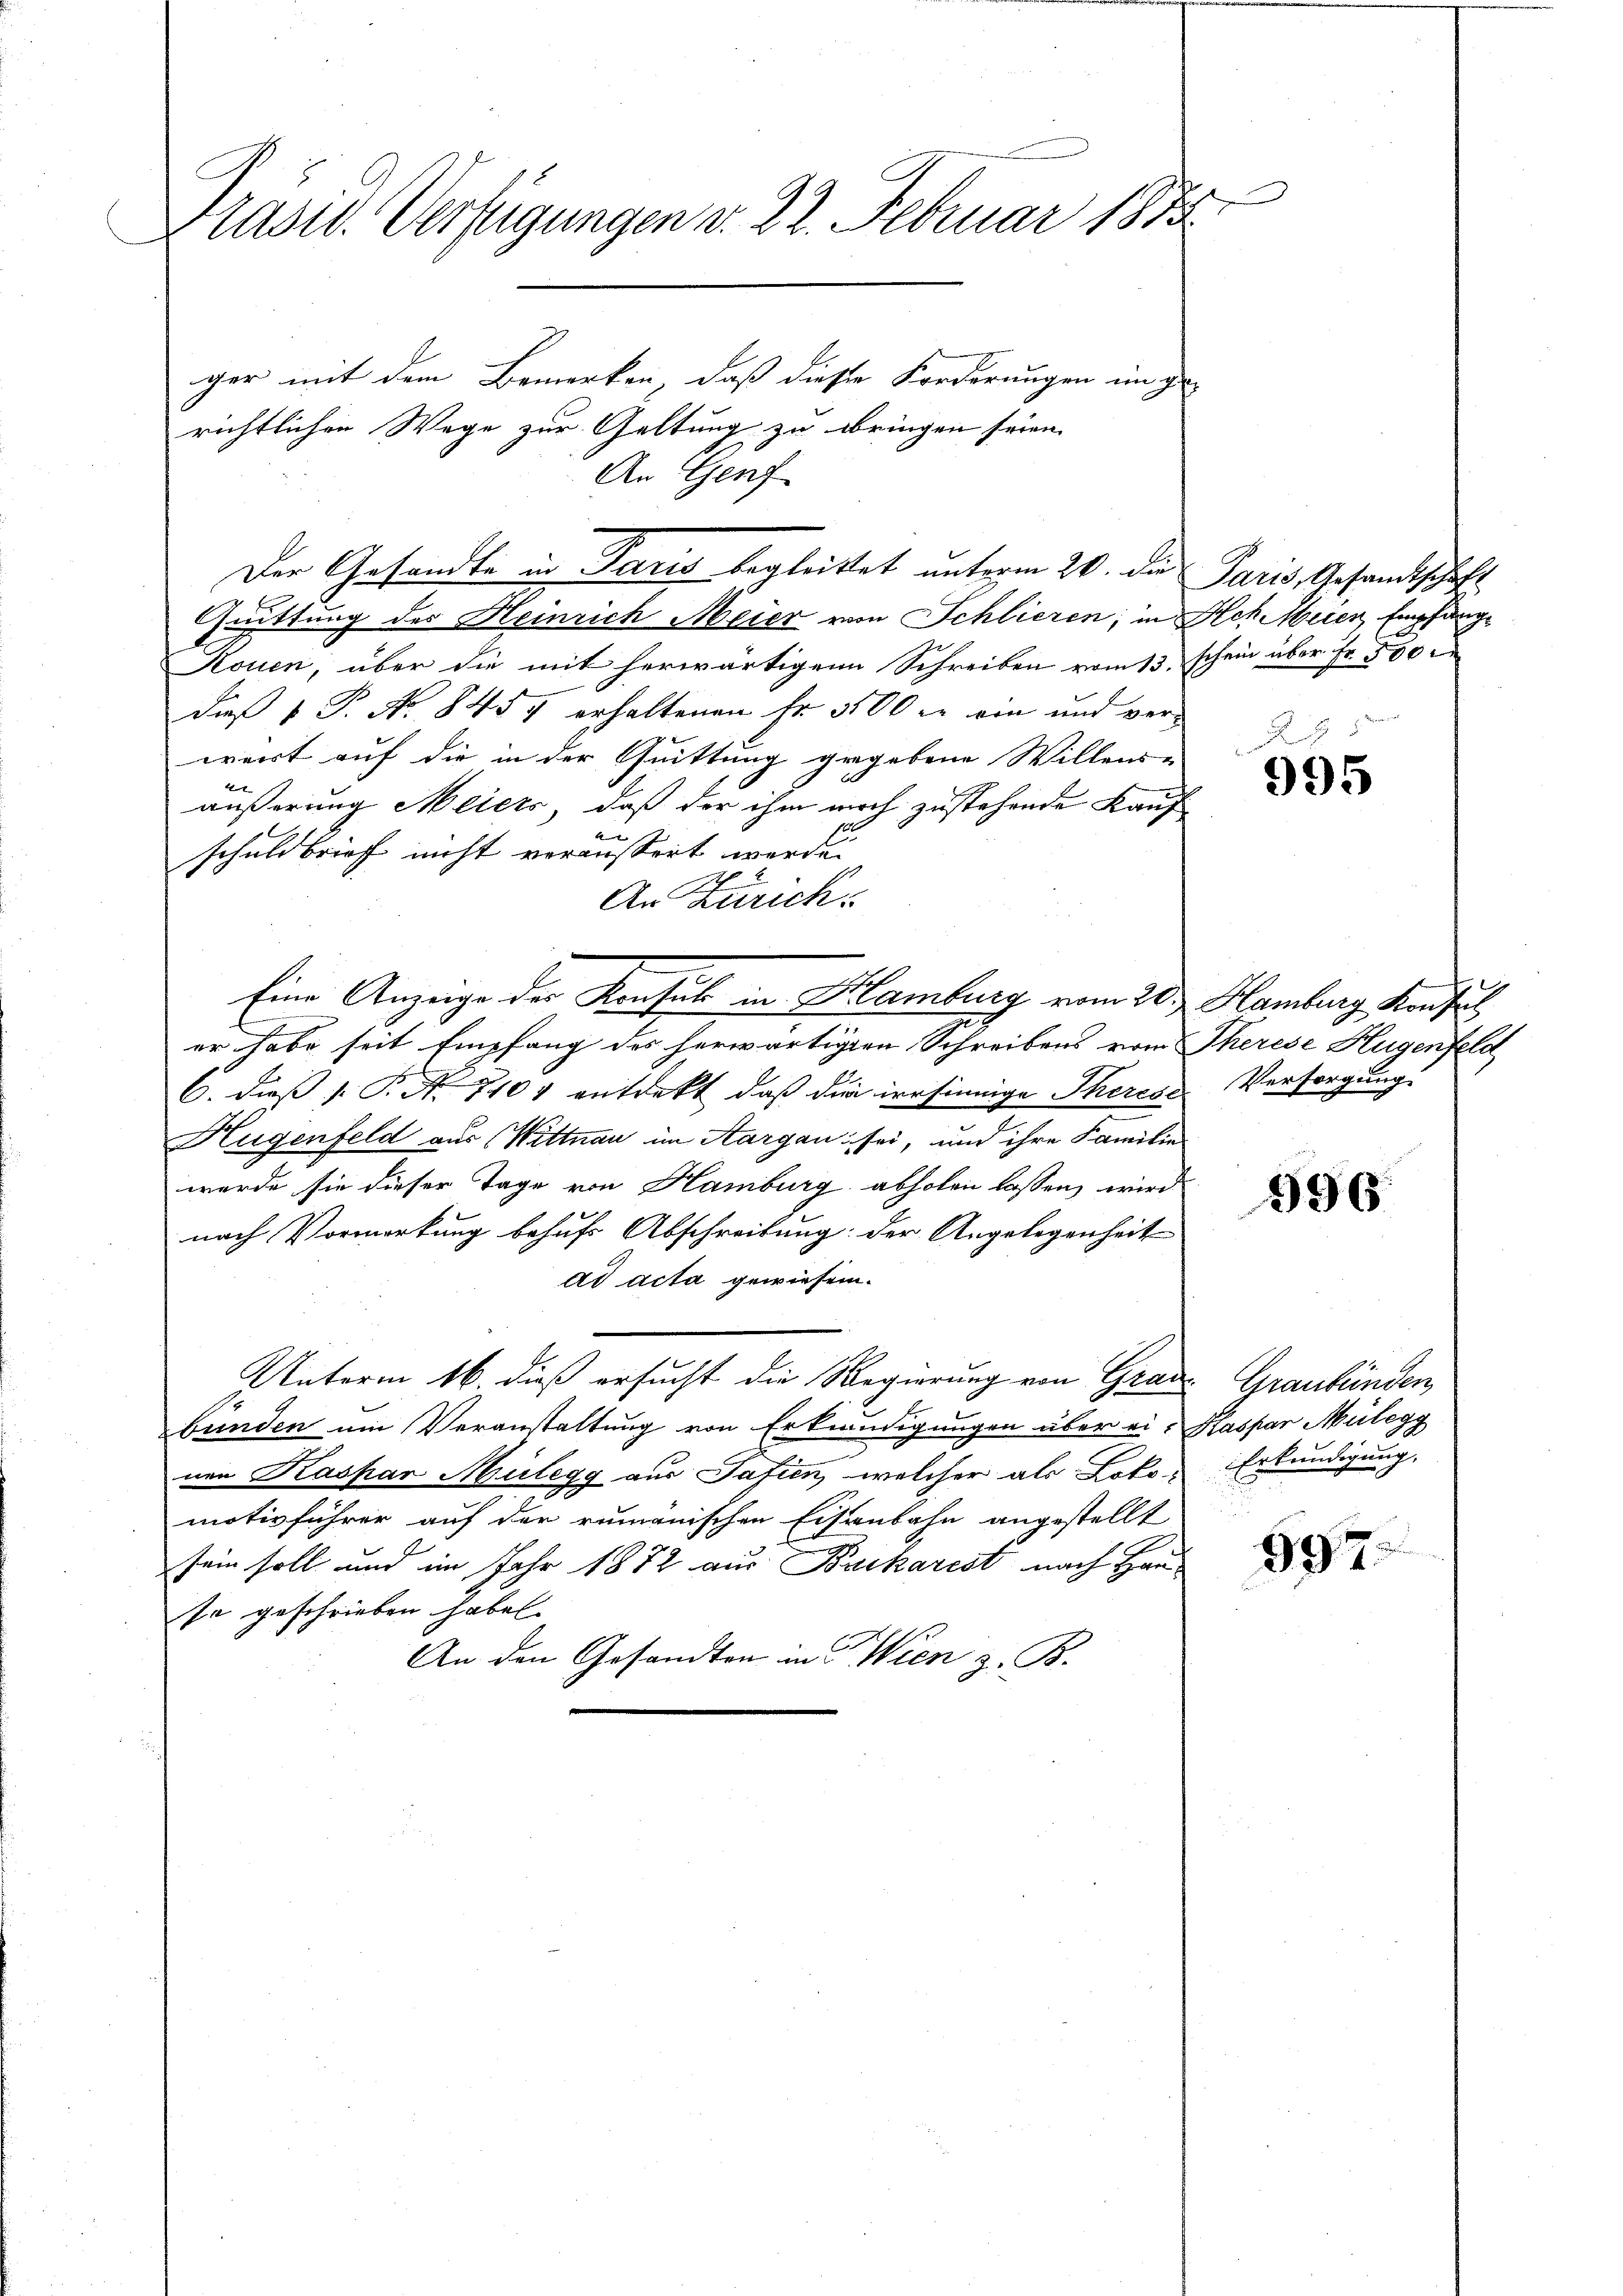
)
Präsid. Verfügungen v. 22. Februar 1883

Der Gesandte in Paris begleittet unterm 20. die Paris, Gesandtschaft

ger mit dem Bemerken, daß dieser Forderungen in ge
richtlichen Wege zur Geltung zu bringen seien.
An Genf

Quittung des Heinrich Meier von Schlieren; in Ach Meier Empfang¬
Rouen, über die mit herwärtigen Schreiben vom 13.
daß 1 P. Nr. 8457 erhaltenen Fr. 3500 er ein und ver-
wert auf die in der Quittung gegebene Willens-
äußerung Meiers, daß der ihm noch zustehende Kauf
schuldbrief nicht veräussert werde
An Zürich.
er habe seit Empfang des herwärtigten Schreibens vom Therese Hugenfeld
6. dieß P. Nr. 710, entdekt, daß die irrsinnige Theres Versorgung.
Hugenfeld aus (Wittnau im Aargau sei, und ihre Familie
wurde sie dieser Tage von Hamburg abholen lassen, wird
nach Vormerkung behufs Abschreibung der Angelegenheit
ad acta gewiesen.
Unterm 16 dieß ersucht die Regierung von Grau
bünden um Veranstaltung von Erkundigungen über ei-
nen Kaspar Mülegg aus Safien, welcher als Loto) Erkundigung,
motivführer auf der rumänischen Eisenbahn angestellt
sein soll und im Jahr 1872 aus Baikarist nach Hause geschrieben haben.
An den Gesandten in Wien z. B.

Eine Anzeige der Konsul in Hamburg vom 20. Hamburg Konfus

schein über Fr. 500 r

5
995

596.

Graubünden
Kaspar Mülegg

597.